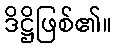
ဒိဋ္ဌိဖြစ်၏။